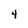
Character: 4